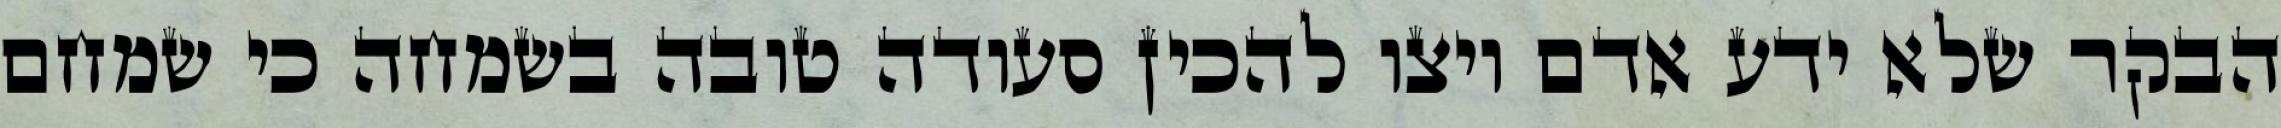
הבקר שלא ידע אדם ויצו להכין סעודה טובה בשמחה כי שמחם